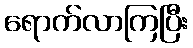
ရောက်လာကြပြီး